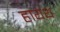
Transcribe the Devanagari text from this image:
हायथ